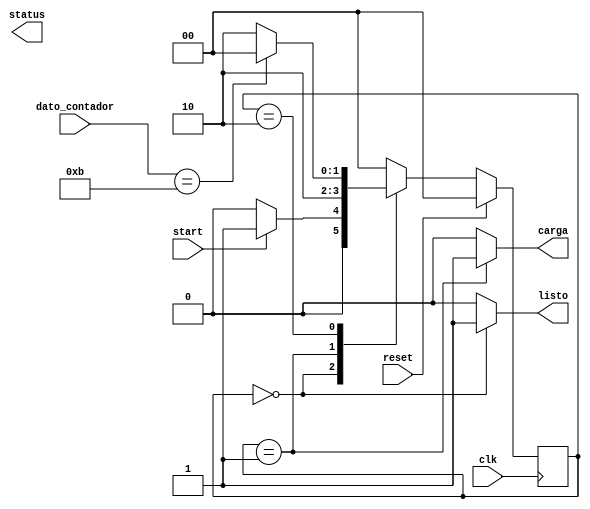
`timescale 1ns / 1ps
//////////////////////////////////////////////////////////////////////////////////
// Company: 
// Engineer: 
// 
// Design Name: 
// Module Name: controlador
// Project Name: 
// Target Devices: 
// Tool Versions: 
// Description: 
// 
// Dependencies: 
// 
// Revision:
// Revision 0.01 - File Created
// Additional Comments:
// 
//////////////////////////////////////////////////////////////////////////////////


module controlador(
    input wire[5:0] dato_contador,
    input wire clk,
    input wire start,
    input wire reset,
    output wire listo,
    output wire carga,
    output wire status
    );
    

    
    
//------------------------------
//--       CONTROLADOR        --
//------------------------------
    
    //-- Estados del automata finito del controlador
    localparam IDLE  = 0;  //-- Estado de reposo
    localparam START = 1;  //-- Comienzo de transmision
    localparam TRANS = 2;  //-- Estado: transmitiendo dato
    
    //-- Estados del autmata del controlador
    reg [1:0] state;

//////////// definicion de la maquina de estados

//-- Transiciones entre los estados
always @(posedge clk)

  //-- Reset del automata. Al estado inicial
  if (reset == 1)
    state <= IDLE;

  else
    //-- Transiciones a los siguientes estados
    case (state)

      //-- Estado de reposo. Se sale cuando la seal
      //-- de start se pone a 1
      IDLE: 
        if (start == 1) 
          state <= START;
        else 
          state <= IDLE;

      //-- Estado de comienzo. Prepararse para empezar
      //-- a transmitir. Duracion: 1 ciclo de reloj
      START:
        state <= TRANS;

      //-- Transmitiendo. Se esta en este estado hasta
      //-- que se hayan transmitido todos los bits pendientes
      TRANS:
          if (dato_contador == 6'd11)
              state <= IDLE;
            else
              state <= TRANS;
    
          //-- Por defecto. NO USADO. Puesto para
          //-- cubrir todos los casos y que no se generen latches
          default:
            state <= IDLE;
    
        endcase
//-- Generacion de las microordenes
assign carga = (state == START) ? 1 : 0;

        
//-- Seal de salida. Esta a 1 cuando estamos en reposo (listos
//-- para transmitir). En caso contrario esta a 0
assign listo = (state == IDLE) ? 1 : 0;
    
    
endmodule